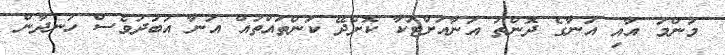
މަންމަ އާއި އަނާގެ ދޮންތަ އަނާއަށްޓަކާ ކޮށްދޭ ކަންތައްތައް އަނާ އަބަދުވެސް ހަނދާން